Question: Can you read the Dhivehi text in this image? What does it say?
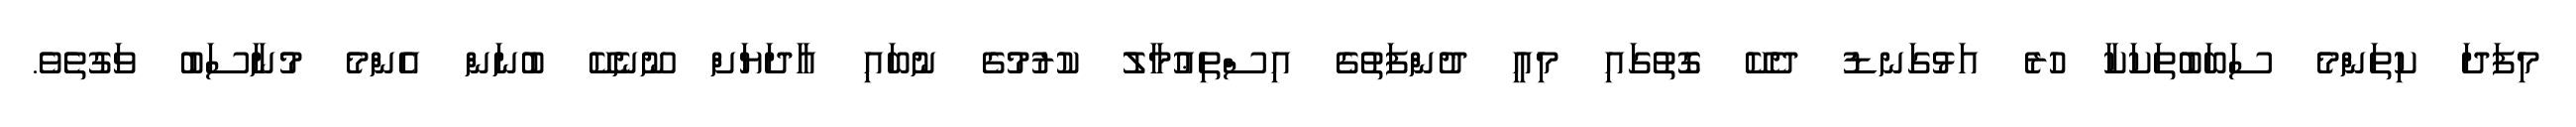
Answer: މިފަދަ ކިތަންމެ ސަބަބުތަކަކާ ހުރެ އަޅުގަނޑު ދެކޭ ގޮތުގައި މިއީ ދުންފަތުގެ އިސްތިޢުމާލު ކުރުމުގެ ނުބައި އާދަޔަށް ނޫނެކޭ ބުނަން އެންމެ މުނާސަބު ވަގުތެވެ.